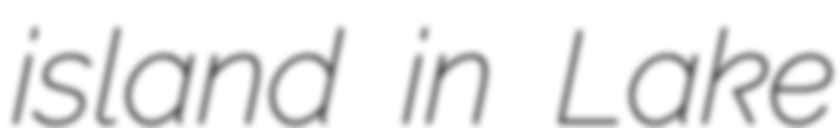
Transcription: island in Lake